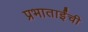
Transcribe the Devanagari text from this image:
प्रभाताईंची